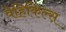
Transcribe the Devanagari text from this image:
वेहिकिल्स